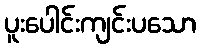
ပူးပေါင်းကျင်းပသော